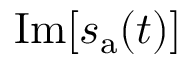
\operatorname { I m } [ s _ { \mathrm { a } } ( t ) ]